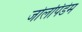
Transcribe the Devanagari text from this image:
जोलपिडेम